Report of an investigation into the causes of malaria in Bombay and the measures necessary for its control
Disease focus: Malaria
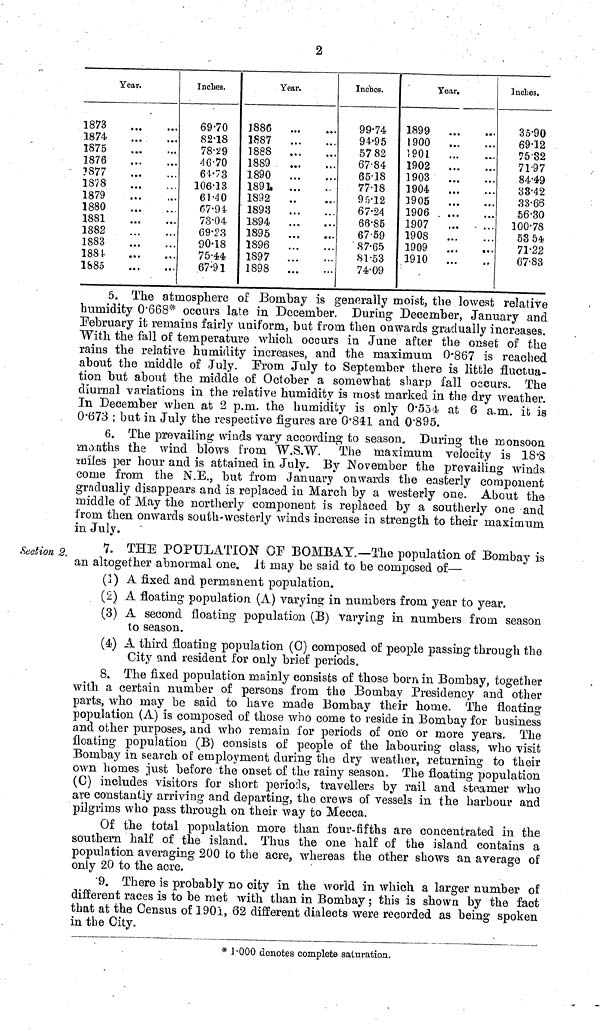
2
Year.
1873
1874
1875
1876
1877
1878
1879
1880
1881
1882
1883
188t
1885
Inches.
69.70
82.18
78.29
46.70
61.73
106.13
61.40
67.94
73.04
69.23
90.18
75.44
67.91
Year.
J886
1887
1888
1889
1890
1891
1892
1893
1894
1895
1896
1897
1898
Inches.
99.74
94.95
57 82
67.84
65.18
77.18
95.12
67.24
66.85
6759
87.65
81.53
74.09
Year.
1899
1900
1901
1902
1903
1904
1905
1906
1907
1908
1909
1910
Inches.
35.90
69.12
7532
71.97
84.49
83.42
33.66
56.30
100.78
53 54
71.22
67.83
5. The atmosphere of Bombay is generally moist, the lowest relative
humidity 0.668* occurs late in December. During December, January and
February it remains fairly uniform, but from then onwards gradually increases.
With the fall of temperature which occurs in June after the onset of the
rains the relative humidity increases, and. the maximum 0.867 is reached
about the middle of July. Prom July to September there is little fluctua-
tion but about the middle of October a somewhat sharp fall occurs. The
diurnal variations in the relative humidity is most marked in the dry weather.
In December when at 2 p.m. the humidity is only 0.554 at 6 a.m. it is
0.673 ; but in July the respective figures are 0.841 and 0.895.
6. The prevailing winds vary according to season. During the monsoon
months the wind blows from W.S.W. The maximum velocity is 18.8
miles per hour and is attained in July. By November the prevailing winds
come from the N.E., but from January onwards the easterly component
gradually disappears and is replaced in March by a westerly one. About the
middle of May the northerly component is replaced by a southerly one and
from then onwards south-westerly winds increase in strength to their maximum
in July.
Section 2.
7. THE POPULATION OF BOMBAY.—The population of Bombay is
an altogether abnormal one. it may be said to be composed of—
(1) A fixed and permanent population.
(2) A floating population (A) varying in numbers from year to year.
(3) A second floating population (B) varying in numbers from season
to season.
(4) A third floating population (0) composed of people passing through the
City and resident for only brief periods.
8. The fixed population mainly consists of those born in Bombay, together
with a certain number of persons from the Bombay Presidency and other
parts, who may be said to have made Bombay their home. The floating-
population (A) is composed of those who come to reside in Bombay for business
and other purposes, and who remain for periods of one or more years. The
floating population (B) consists of people of the labouring class, who visit
Bombay in search of employment during the dry weather, returning to their
own homes just before the onset of the rainy season. The floating population
(C) includes visitors for short periods, travellers by rail and steamer who
are constantly arriving and departing, the crews of vessels in the harbour and
pilgrims who pass through on their way to Mecca.
Of the total population more than four-fifths are concentrated in the
southern half of the island. Thus the one half of the island contains a
population averaging 200 to the acre, whereas the other shows an average of
only 20 to the acre.
9. There is probably no city in the world in which a larger number of
different races is to be met with than in Bombay ; this is shown by the fact
that at the Census of 1901, 62 different dialects were recorded as being spoken
in the City.
* 1.000 denotes complete saturation.